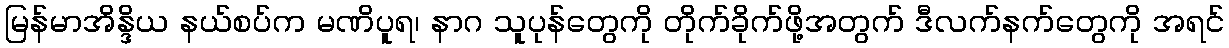
မြန်မာအိန္ဒိယ နယ်စပ်က မဏိပူရ၊ နာဂ သူပုန်တွေကို တိုက်ခိုက်ဖို့အတွက် ဒီလက်နက်တွေကို အရင်